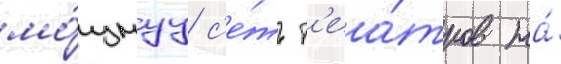
мо́щнуу с'е́ть т'еа́тров на́